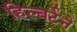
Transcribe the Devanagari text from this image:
हिल्बर्टने